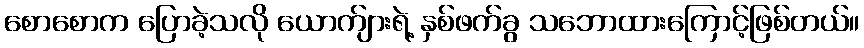
စောစောက ပြောခဲ့သလို ယောက်ျားရဲ့ နှစ်ဖက်ခွ သဘောထားကြောင့်ဖြစ်တယ်။